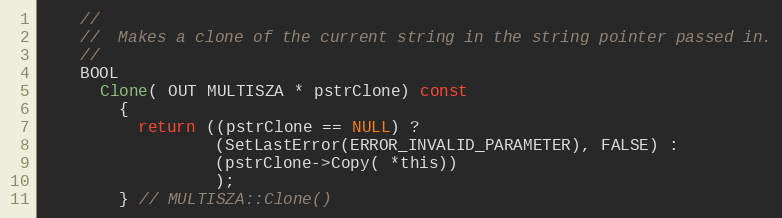
Language: C
    //
    //  Makes a clone of the current string in the string pointer passed in.
    //
    BOOL
      Clone( OUT MULTISZA * pstrClone) const
        {
          return ((pstrClone == NULL) ?
                  (SetLastError(ERROR_INVALID_PARAMETER), FALSE) :
                  (pstrClone->Copy( *this))
                  );
        } // MULTISZA::Clone()